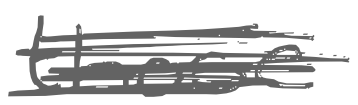
Text: those
Cross-out: scratch
Writing tool: digital_gray